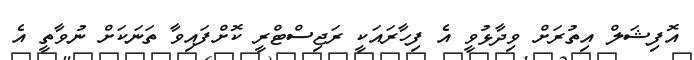
އޮފިޝަލް އިތުރަށް ވިދާޅުވީ އެ ފިހާރައަކީ ރަޖިސްޓްރީ ކޮށްފައިވާ ތަނަކަށް ނުވާތީ އެ